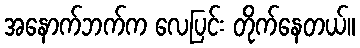
အနောက်ဘက်က လေပြင်း တိုက်နေတယ်။